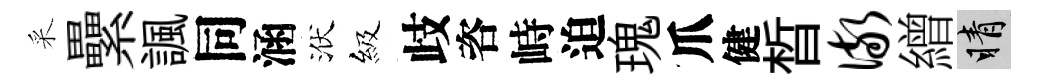
采纍諷同涵洑級歧咨峙迫瑰爪健晳儆繒睛